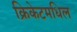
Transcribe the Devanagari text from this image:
क्रिकेटमधिल